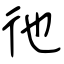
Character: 彵